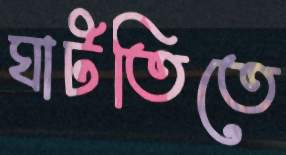
ঘাটতিতে